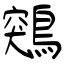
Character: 鶟